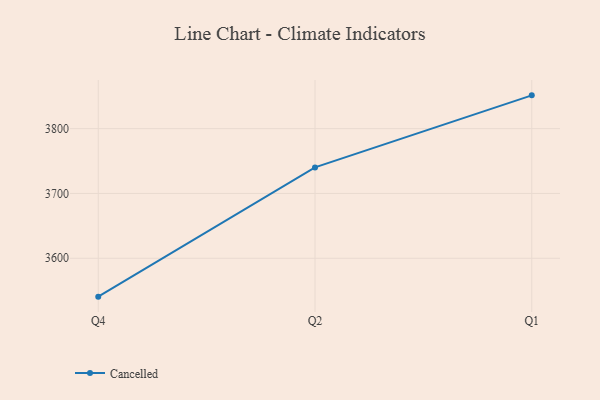
{"axis": {"x": "Quarter", "y": "Latency (ms)"}, "legend": ["Cancelled"], "data": [{"x": "Q4", "y": 3540.8, "type": "Cancelled"}, {"x": "Q2", "y": 3740.2, "type": "Cancelled"}, {"x": "Q1", "y": 3851.3, "type": "Cancelled"}]}